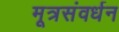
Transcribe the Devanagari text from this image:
मूत्रसंवर्धन